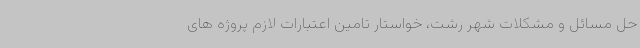
حل مسائل و مشکلات شهر رشت، خواستار تامین اعتبارات لازم پروژه های